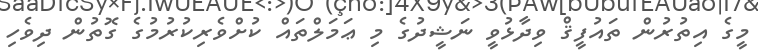
މީގެ އިތުރުން ތައުފީޤް ވިދާޅުވީ ނަޝީދުގެ މި ޢަމަލްތައް ކުށްވެރިކުރުމުގެ ގޮތުން ދިވެހި